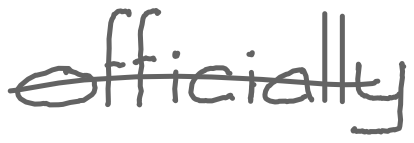
Text: officially
Cross-out: single-line
Writing tool: digital_gray